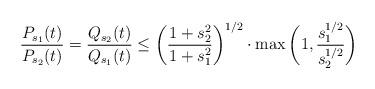
LaTeX: \begin{align*}\frac{P_{s_1}(t)}{P_{s_2}(t)} = \frac{Q_{s_2}(t)}{Q_{s_1}(t)} \le \bigg( \frac{1+s_2^2}{1+s_1^2} \bigg)^{1/2} \cdot \max \bigg(1, \frac{s_1^{1/2}}{s_2^{1/2}} \bigg)\end{align*}